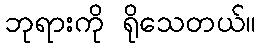
ဘုရားကို ရိုသေတယ်။